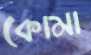
কোমা